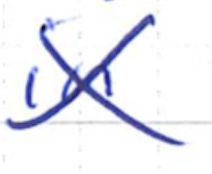
Text: in
Cross-out: cross
Writing tool: ballpoint